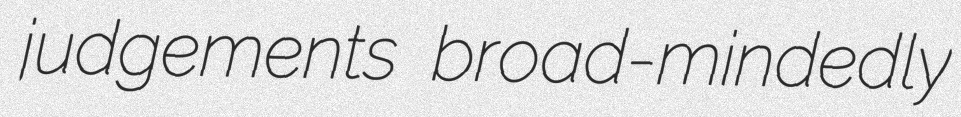
judgements broad-mindedly